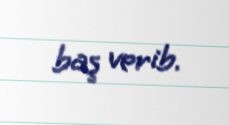
baş verib.